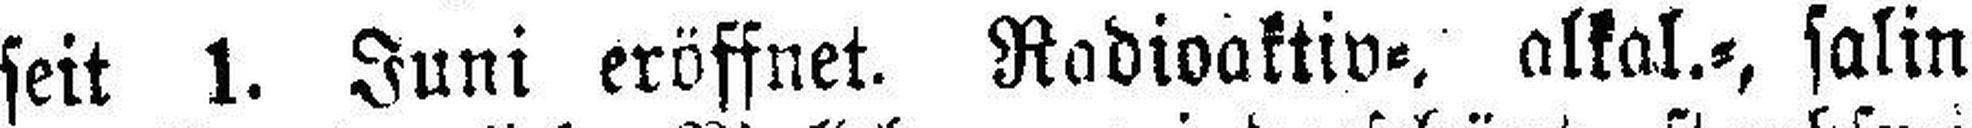
seit 1. Juni eröffnet. Radioaktiv=, alkal.=, salin